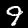
Digit: 9